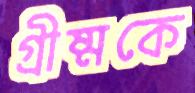
গ্রীষ্মকে